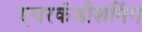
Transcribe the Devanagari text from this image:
एयरकंडीशनिंग